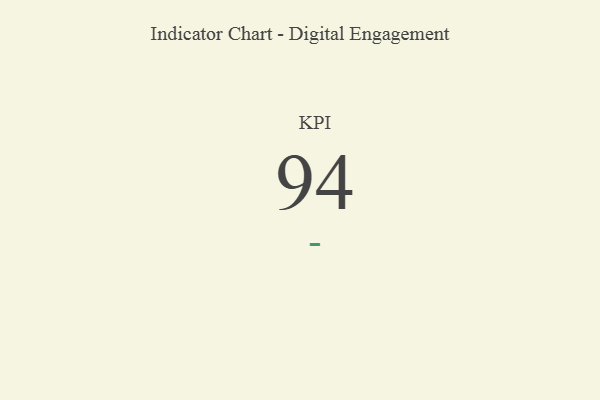
{"axis": {"x": "KPI", "y": "Value"}, "legend": [""], "data": [{"x": "KPI", "y": 94, "type": ""}]}